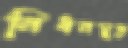
নিধনমুক্ত